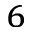
_ 6